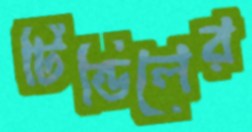
টিন্ডিলের